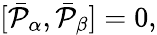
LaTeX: \lbrack\bar{{\cal P}}_{\alpha},\bar{{\cal P}}_{\beta}]=0,